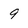
Character: 9